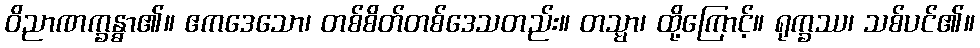
ဝိညာဏက္ခန္ဓာ၏။ ဧကဒေသော၊ တစ်စိတ်တစ်ဒေသတည်း။ တသ္မာ၊ ထို့ကြောင့်။ ရုက္ခဿ၊ သစ်ပင်၏။